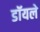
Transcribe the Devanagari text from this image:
डॉयले